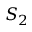
S _ { 2 }